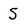
Character: S